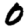
Digit: 0